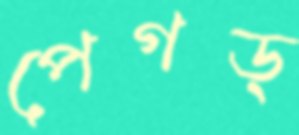
পেগড্